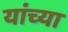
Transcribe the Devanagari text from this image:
यांंच्या